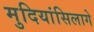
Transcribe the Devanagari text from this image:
मुदियांसिलागे